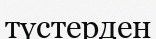
түстерден